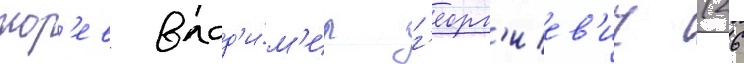
мор'ев влад'и́м'ир г'еорг'иев'ич (26